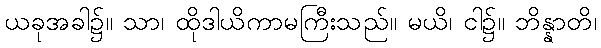
ယခုအခါ၌။ သာ၊ ထိုဒါယိကာမကြီးသည်။ မယိ၊ ငါ၌။ ဘိန္နာတိ၊